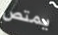
يمتص